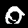
Label: 0